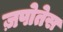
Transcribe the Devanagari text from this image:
ज़पोतेस